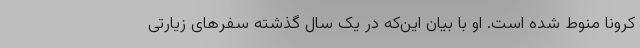
کرونا منوط شده است. او با بیان این‌که در یک سال گذشته سفرهای زیارتی